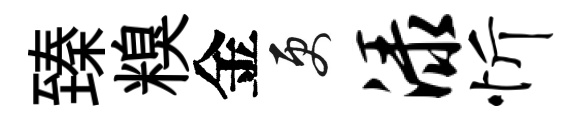
臻糗金更渌忻